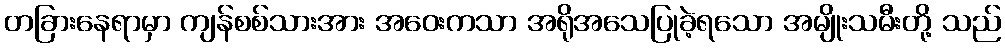
တခြားနေရာမှာ ကျန်စစ်သားအား အဝေးကသာ အရိုအသေပြုခဲ့ရသော အမျိုးသမီးတို့ သည်